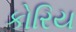
કોરિય